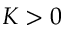
K > 0